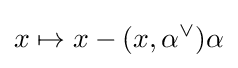
x\mapsto x-(x,\alpha ^{\vee })\alpha